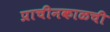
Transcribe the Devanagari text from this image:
प्राचीनकाळची